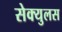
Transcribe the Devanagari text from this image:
सेक्युलस